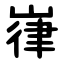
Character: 嵂